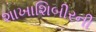
શાખાશિબીરની